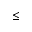
\leq